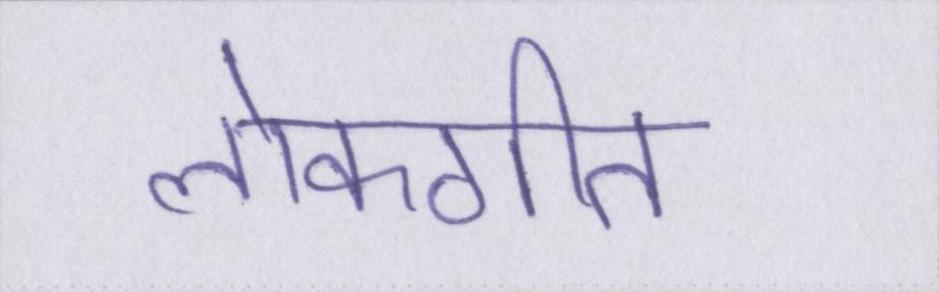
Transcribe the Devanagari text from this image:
लोकगीत